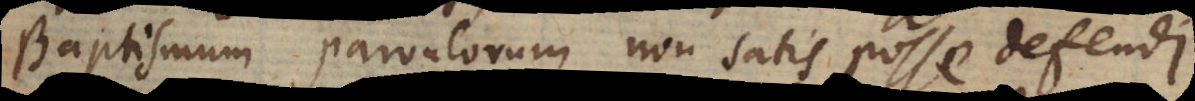
Baptismum parvulorum non satis posse defendi,